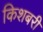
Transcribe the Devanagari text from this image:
किशबरी